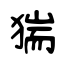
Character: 猯